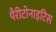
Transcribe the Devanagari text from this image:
पैरीटोनाइटिस